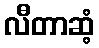
လီတာဆံ့